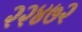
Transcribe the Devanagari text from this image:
२२४७२